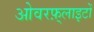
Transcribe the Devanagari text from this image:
ओवरफ़्लाइटों